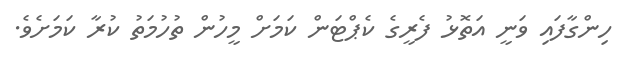
ހިންގާފައި ވަނީ އަތޮޅު ފެރީގެ ކެޕްޓަން ކަމަށް މީހުން ތުހުމަތު ކުރާ ކަމަށެވެ.